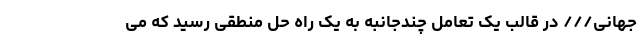
جهانی/// در قالب یک تعامل چندجانبه به یک راه حل منطقی رسید که می